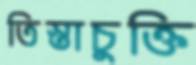
তিস্তাচুক্তি